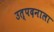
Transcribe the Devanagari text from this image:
उत्पदनाला